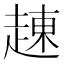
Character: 𧼓